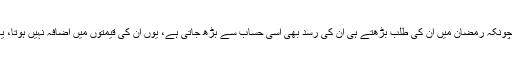
پھلوں کے مقابلے میں، جہاں تک پکوڑوں، سموسوں اور کچوریوں کا معاملہ ہے، چونکہ رمضان میں ان کی طلب بڑھتے ہی ان کی رسد بھی اسی حساب سے بڑھ جاتی ہے، یوں ان کی قیمتوں میں اضافہ نہیں ہوتا، یا اس قدر اضافہ دیکھنے میں نہیں آتا، جتنا اضافہ پھلوں کی قیمتوں میں ہو جاتا ہے۔